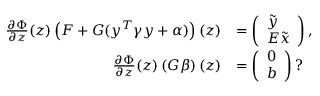
\begin{array} { r l } { \quad \frac { \partial \Phi } { \partial z } ( z ) \left( F + G ( y ^ { T } \gamma y + \alpha ) \right) ( z ) } & { = \left( \begin{array} { l } { \tilde { y } } \\ { E \tilde { x } } \end{array} \right) , } \\ { \frac { \partial \Phi } { \partial z } ( z ) \left( G \beta \right) ( z ) } & { = \left( \begin{array} { l } { 0 } \\ { b } \end{array} \right) ? } \end{array}